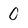
Character: 0